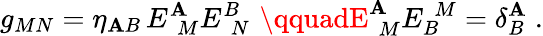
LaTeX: g_{MN}=\eta_{\mathbf{A}B}\, E_{\, \, M}^{\mathbf{A}}E_{\, \, N}^{B}\, \, \qquadE_{\, \, M}^{\mathbf{A}}E_{B}^{\, \, M}=\delta_{B}^{\mathbf{A}}\; .